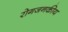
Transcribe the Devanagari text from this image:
रोगजनकीय